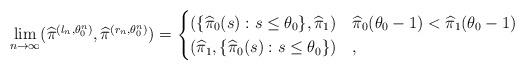
LaTeX: \begin{align*}\lim_{n\to \infty} (\widehat{\pi}^{(l_n,\theta^n_0)},\widehat{\pi}^{(r_n,\theta^n_0)})=\begin{cases}(\{\widehat{\pi}_0(s) : s \leq \theta_0\}, \widehat{\pi}_1)&\widehat{\pi}_0(\theta_0 - 1) < \widehat{\pi}_1(\theta_0 - 1)\\(\widehat{\pi}_1, \{\widehat{\pi}_0(s) : s \leq \theta_0\})&,\end{cases}\end{align*}